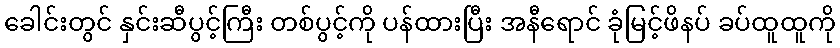
ခေါင်းတွင် နှင်းဆီပွင့်ကြီး တစ်ပွင့်ကို ပန်ထားပြီး အနီရောင် ခုံမြင့်ဖိနပ် ခပ်ထူထူကို